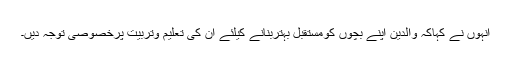
انہوں نے کہاکہ والدین اپنے بچوں کومستقبل بہتربنانے کیلئے ان کی تعلیم وتربیت پرخصوصی توجہ دیں۔